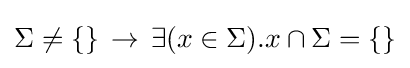
\Sigma \neq \{\}\,\to \,\exists (x\in \Sigma ).x\cap \Sigma =\{\}